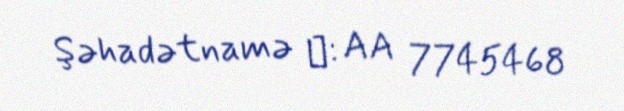
Şəhadətnamə №: AA 7745468